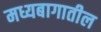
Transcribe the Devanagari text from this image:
मध्यबागातील